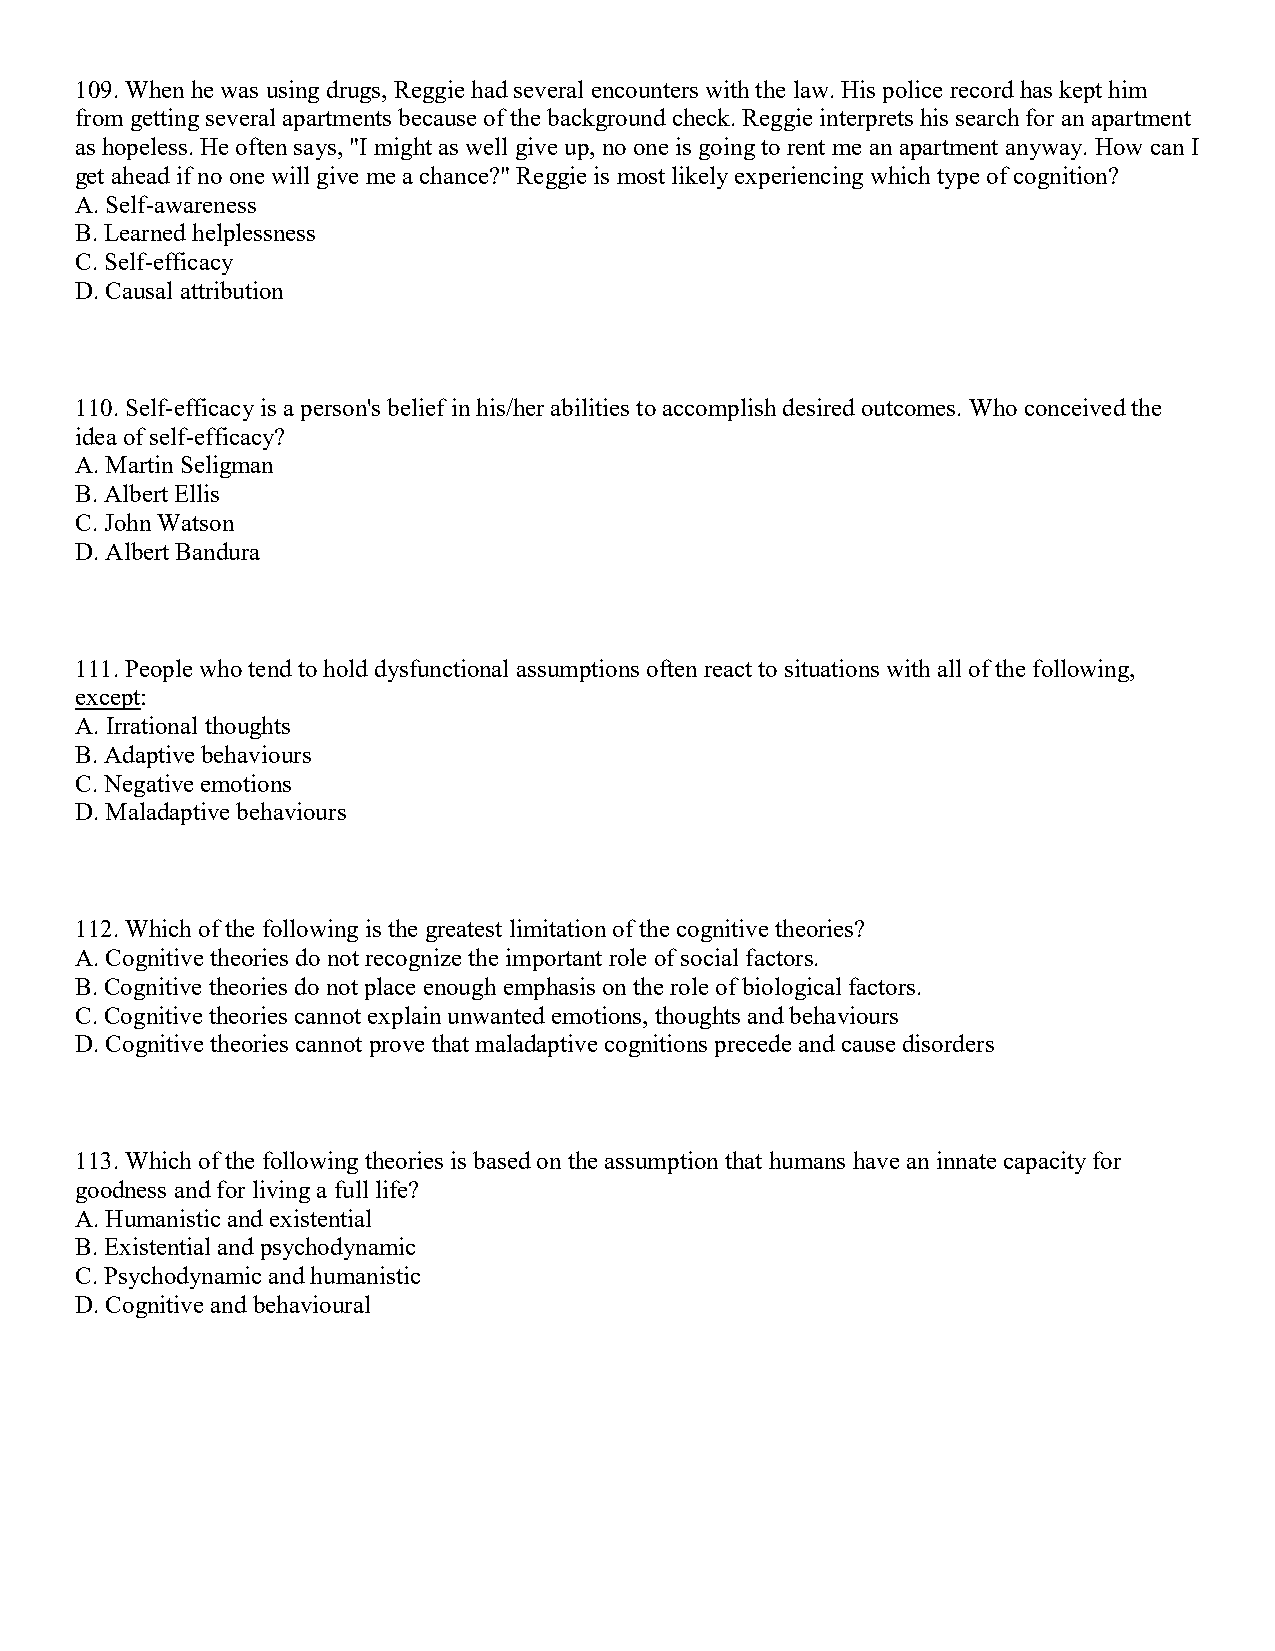
109. When he was using drugs, Reggie had several encounters with the law. His police record has kept him
 from getting several apartments because of the background check. Reggie interprets his search for an apartment
 as hopeless. He often says, "I might as well give up, no one is going to rent me an apartment anyway. How can I
 get ahead if no one will give me a chance?" Reggie is most likely experiencing which type of cognition?
 A. Self-awareness
 B. Learned helplessness
 C. Self-efficacy
 D. Causal attribution
 110. Self-efficacy is a person's belief in his/her abilities to accomplish desired outcomes. Who conceived the
 idea of self-efficacy?
 A. Martin Seligman
 B. Albert Ellis
 C. John Watson
 D. Albert Bandura
 111. People who tend to hold dysfunctional assumptions often react to situations with all of the following,
 except:
 A. Irrational thoughts
 B. Adaptive behaviours
 C. Negative emotions
 D. Maladaptive behaviours
 112. Which of the following is the greatest limitation of the cognitive theories?
 A. Cognitive theories do not recognize the important role of social factors.
 B. Cognitive theories do not place enough emphasis on the role of biological factors.
 C. Cognitive theories cannot explain unwanted emotions, thoughts and behaviours
 D. Cognitive theories cannot prove that maladaptive cognitions precede and cause disorders
 113. Which of the following theories is based on the assumption that humans have an innate capacity for
 goodness and for living a full life?
 A. Humanistic and existential
 B. Existential and psychodynamic
 C. Psychodynamic and humanistic
 D. Cognitive and behavioural